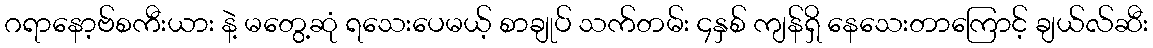
ဂရာနော့ဗ်စကီးယား နဲ့ မတွေ့ဆုံ ရသေးပေမယ့် စာချုပ် သက်တမ်း ၄နှစ် ကျန်ရှိ နေသေးတာကြောင့် ချယ်လ်ဆီး